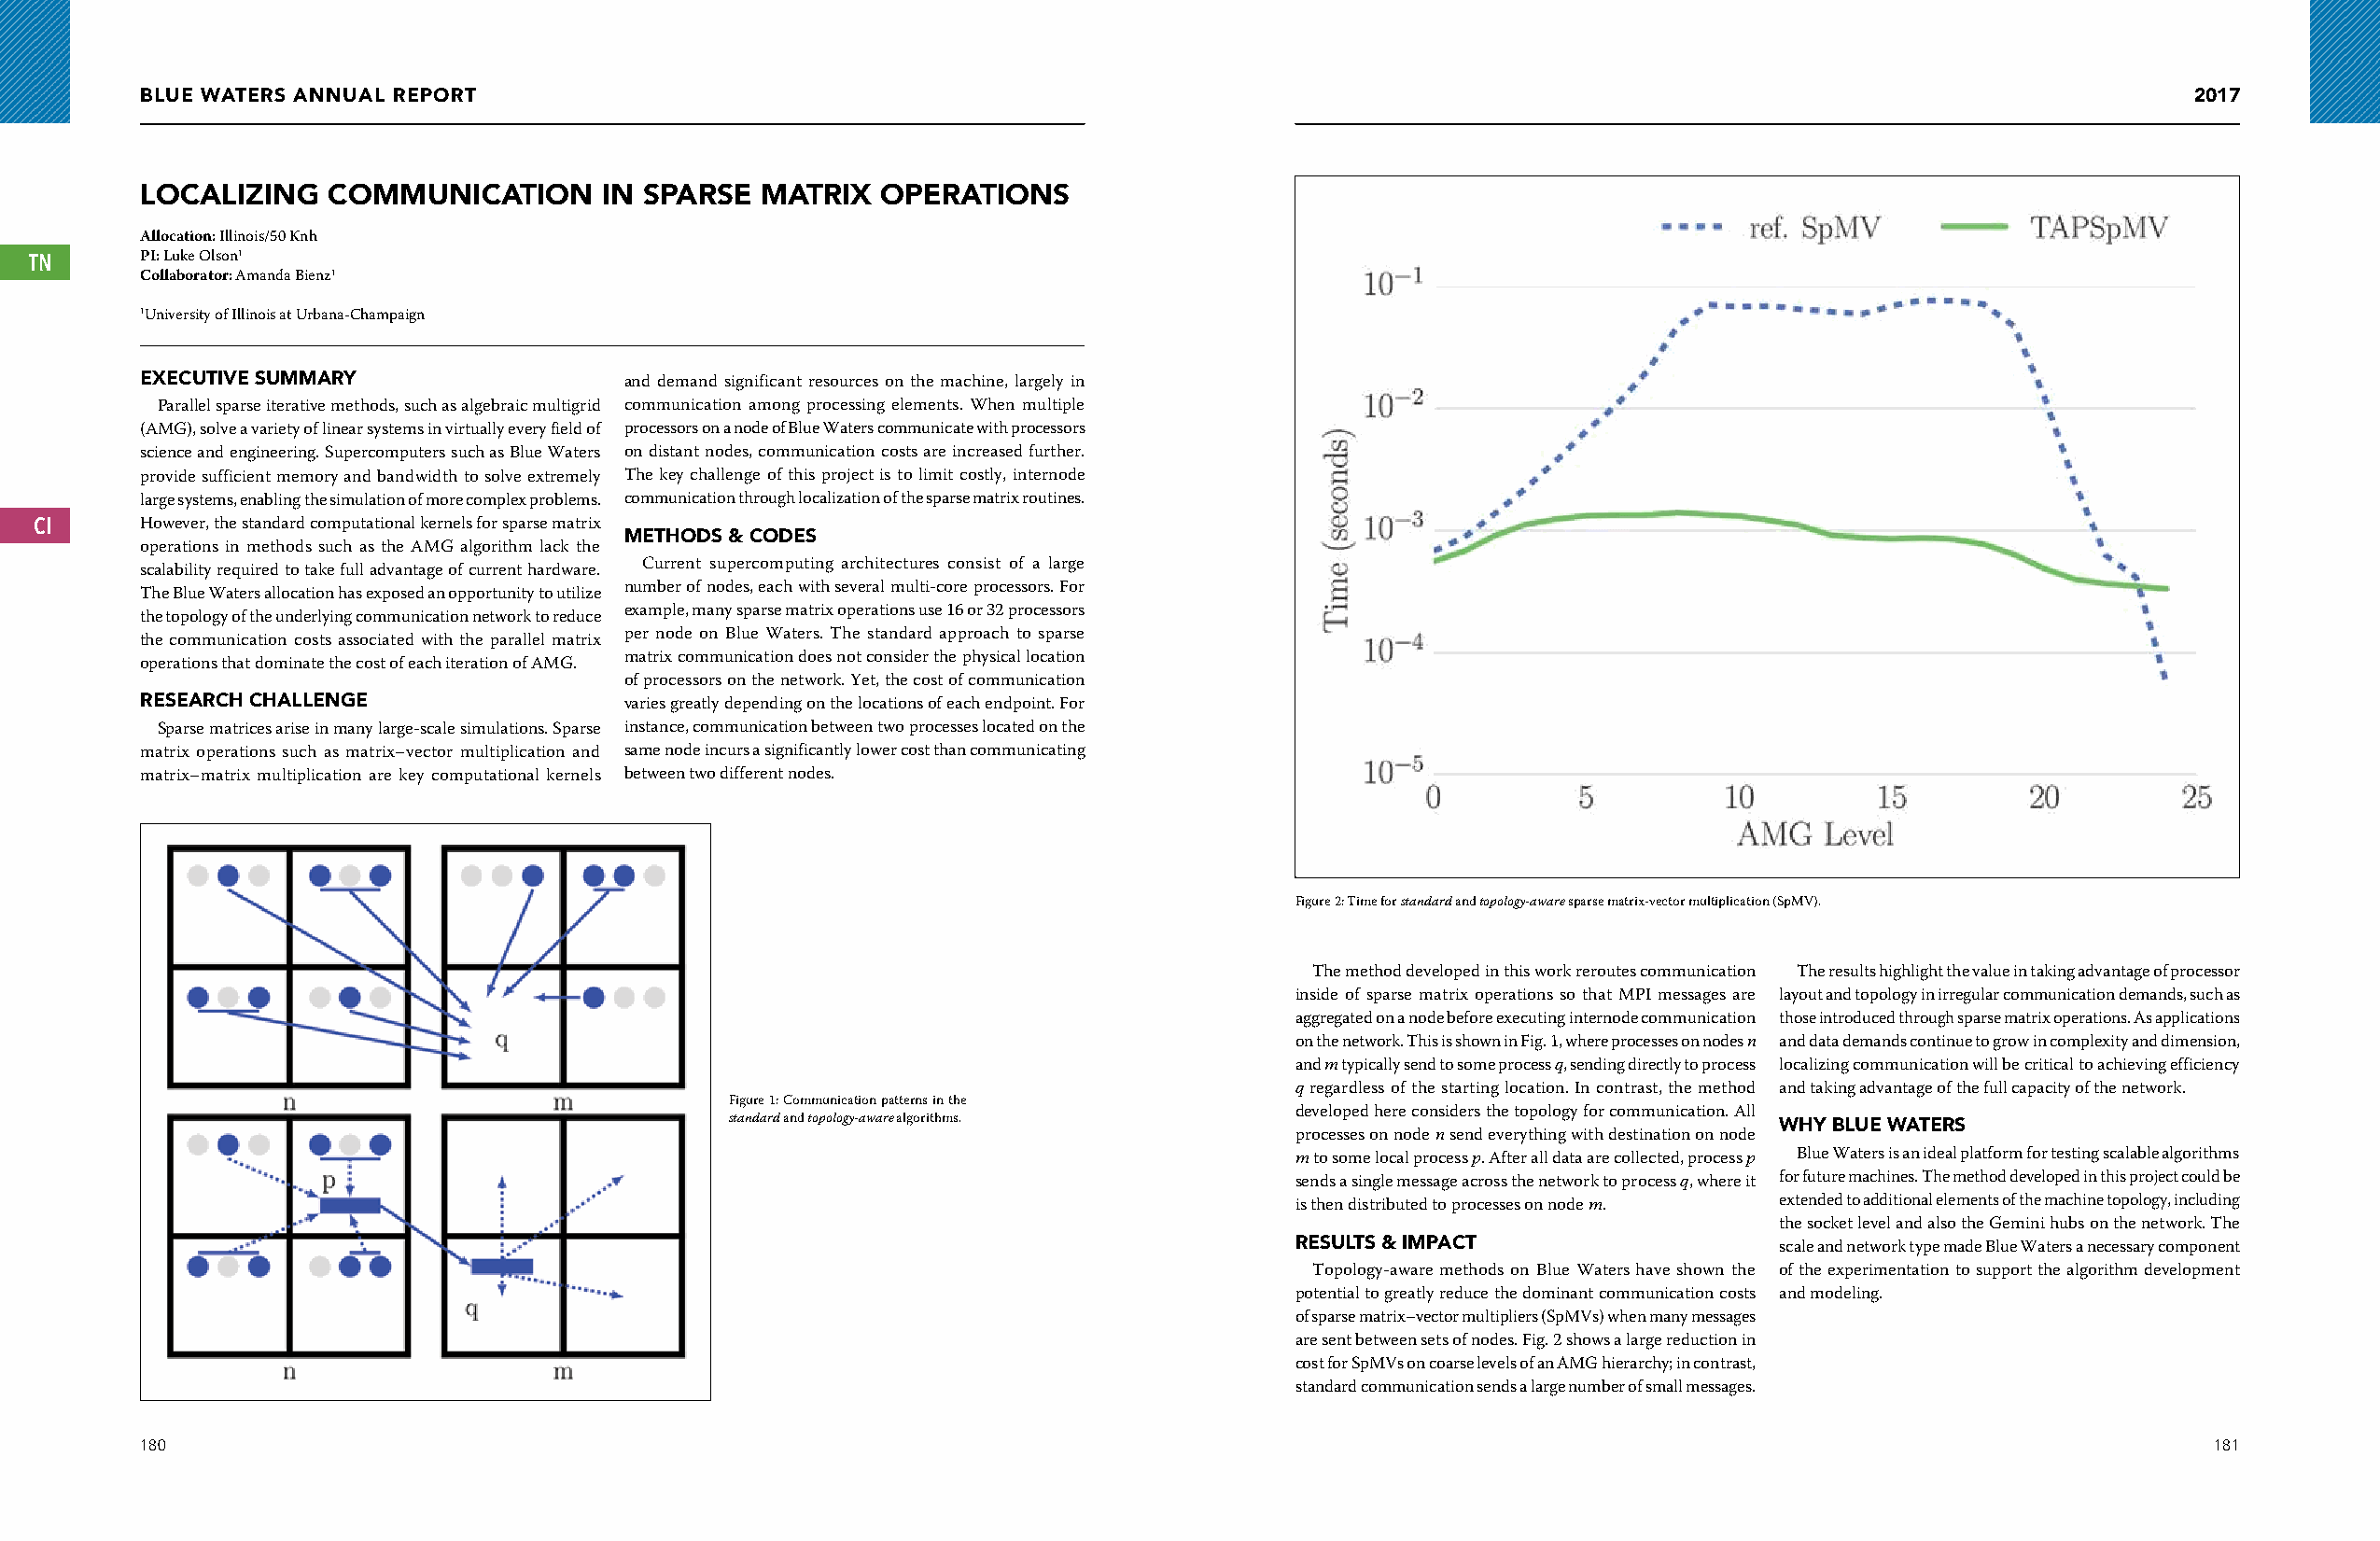
BLUE WATERS ANNUAL REPORT                                                                                                                         2017
 LOCALIZING   COMMUNICATION       IN SPARSE  MATRIX  OPERATIONS
 Allocation: Illinois/50 Knh
 TN      PI: Luke Olson1
 Collaborator: Amanda Bienz1
 1University of Illinois at Urbana-Champaign
 EXECUTIVE SUMMARY                 and demand significant resources on the machine, largely in
 Parallel sparse iterative methods, such as algebraic multigrid communication among processing elements. When multiple
 (AMG), solve a variety of linear systems in virtually every field of processors on a node of Blue Waters communicate with processors
 science and engineering. Supercomputers such as Blue Waters on distant nodes, communication costs are increased further.
 provide sufficient memory and bandwidth to solve extremely The key challenge of this project is to limit costly, internode
 large systems, enabling the simulation of more complex problems. communication through localization of the sparse matrix routines.
 CI      However, the standard computational kernels for sparse matrix
 METHODS & CODES
 operations in methods such as the AMG algorithm lack the
 scalability required to take full advantage of current hardware. Current supercomputing architectures consist of a large
 number of nodes, each with several multi-core processors. For
 The Blue Waters allocation has exposed an opportunity to utilize
 example, many sparse matrix operations use 16 or 32 processors
 the topology of the underlying communication network to reduce
 per node on Blue Waters. The standard approach to sparse
 the communication costs associated with the parallel matrix
 matrix communication does not consider the physical location
 operations that dominate the cost of each iteration of AMG.
 of processors on the network. Yet, the cost of communication
 RESEARCH CHALLENGE                varies greatly depending on the locations of each endpoint. For
 Sparse matrices arise in many large-scale simulations. Sparse instance, communication between two processes located on the
 matrix operations such as matrix–vector multiplication and same node incurs a significantly lower cost than communicating
 matrix–matrix multiplication are key computational kernels between two different nodes.
 Figure 2: Time for standard and topology-aware sparse matrix-vector multiplication (SpMV).
 The method developed in this work reroutes communication The results highlight the value in taking advantage of processor
 inside of sparse matrix operations so that MPI messages are layout and topology in irregular communication demands, such as
 aggregated on a node before executing internode communication those introduced through sparse matrix operations. As applications
 on the network. This is shown in Fig. 1, where processes on nodes n and data demands continue to grow in complexity and dimension,
 and m typically send to some process q, sending directly to process localizing communication will be critical to achieving efficiency
 q regardless of the starting location. In contrast, the method and taking advantage of the full capacity of the network.
 Figure 1: Communication patterns in the
 developed here considers the topology for communication. All
 standard and topology-aware algorithms.                                   WHY BLUE WATERS
 processes on node n send everything with destination on node
 m to some local process p. After all data are collected, process p Blue Waters is an ideal platform for testing scalable algorithms
 sends a single message across the network to process q, where it for future machines. The method developed in this project could be
 is then distributed to processes on node m. extended to additional elements of the machine topology, including
 the socket level and also the Gemini hubs on the network. The
 RESULTS & IMPACT
 scale and network type made Blue Waters a necessary component
 Topology-aware methods on Blue Waters have shown the of the experimentation to support the algorithm development
 potential to greatly reduce the dominant communication costs and modeling.
 of sparse matrix–vector multipliers (SpMVs) when many messages
 are sent between sets of nodes. Fig. 2 shows a large reduction in
 cost for SpMVs on coarse levels of an AMG hierarchy; in contrast,
 standard communication sends a large number of small messages.
 180                                                                                                                                                181